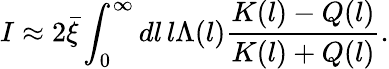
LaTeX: I\approx 2\bar{\xi}\int_{0}^{\infty}dl\, l\Lambda(l){\frac{K(l)-Q(l)}{K(l)+Q(l)}}.